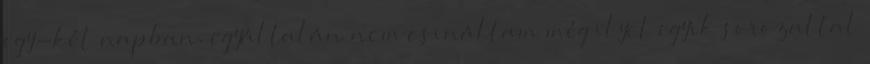
egy-két napban. egyáltalán nem csináltam még ilyet egyik sorozattal